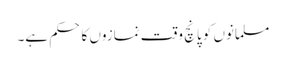
مسلمانوں کو پانچ وقت نمازوں کا حکم ہے۔